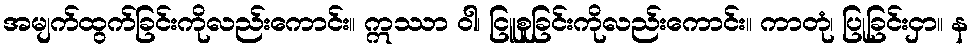
အမျက်ထွက်ခြင်းကိုလည်းကောင်း။ ဣဿာ ဝါ၊ ငြူစူခြင်းကိုလည်းကောင်း။ ကာတုံ၊ ပြုခြင်းငှာ။ န